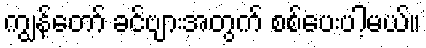
ကျွန်တော် ခင်ဗျားအတွက် စစ်ပေးပါ့မယ်။